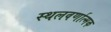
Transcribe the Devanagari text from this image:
स्थलवर्णात्मक